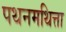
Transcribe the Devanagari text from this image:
पथनमथित्ता